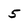
Character: 5